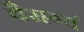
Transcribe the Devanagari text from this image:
वैराग्यं